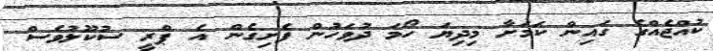
ކުއްޖެއްގެ ގައިން ކަމަށާ މިދިޔަ ހޯމަ ދުވަހުން ފެށިގެން އެ ޕްރީ ސުކޫލުވެސް